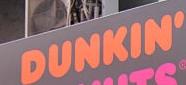
dunkin